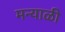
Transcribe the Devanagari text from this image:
मन्याळी